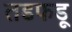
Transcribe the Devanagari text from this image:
तडफडू